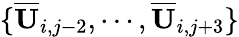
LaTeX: \{ \overline{{\mathbf{U}}}_{i,j-2},\cdots,\overline{{\mathbf{U}}}_{i,j+3}\}